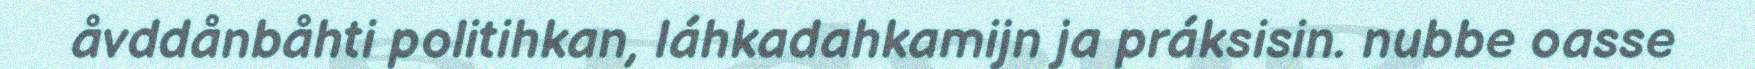
åvddånbåhti politihkan, láhkadahkamijn ja práksisin. nubbe oasse